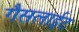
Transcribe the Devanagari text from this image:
गैसलाईट